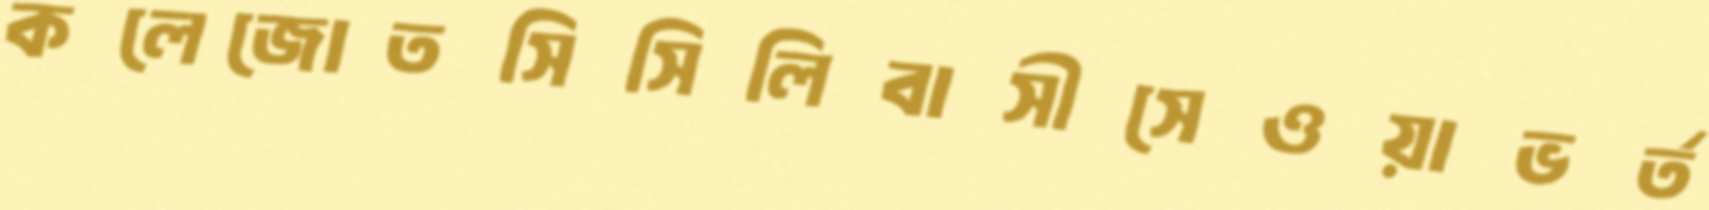
কলেজোতসিসিলিবাসীসেওয়াভর্ত